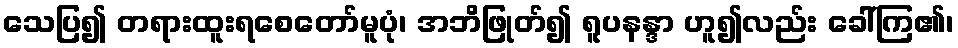
သေပြ၍ တရားထူးရစေတော်မူပုံ၊ အဘိဖြုတ်၍ ရူပနန္ဒာ ဟူ၍လည်း ခေါ်ကြ၏၊